Civil Veterinary Dept. Bombay admin report 1900-1906 - 1900-1906
Year: 1900
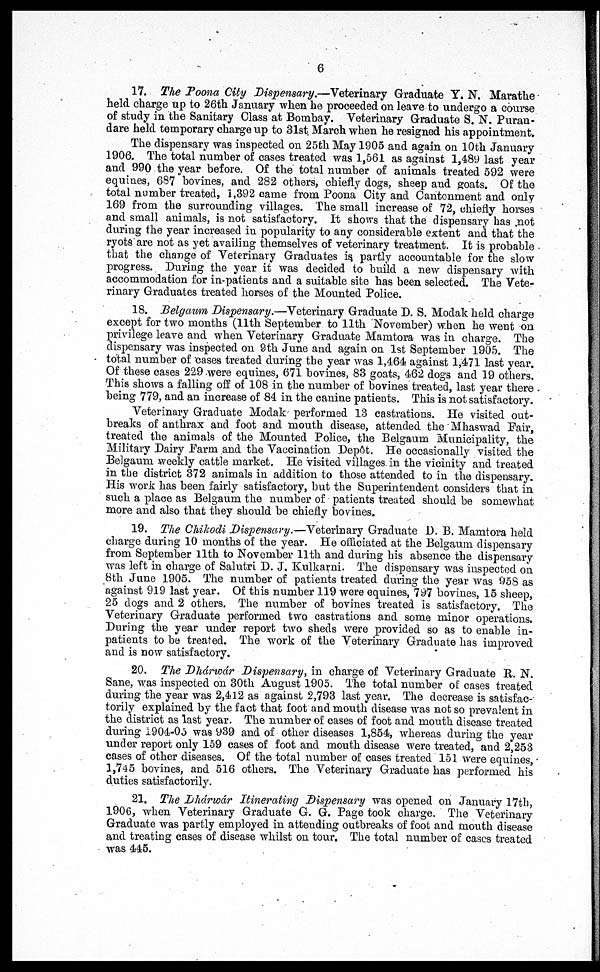
6
17. The Poona City Dispensary.—Veterinary Graduate Y. N. Marathe
held charge up to 26th January when he proceeded on leave to undergo a course
of study in the Sanitary Class at Bombay. Veterinary Graduate S. N. Puran-
dare held temporary charge up to 31st March when he resigned his appointment.
The dispensary was inspected on 25th May 1905 and again on 10th January
1906. The total number of cases treated was 1,561 as against 1,489 last year
and 990 the year before. Of the total number of animals treated 592 were
equines, 687 bovines, and 282 others, chiefly dogs, sheep and goats. Of the
total number treated, 1,392 came from Poona City and Cantonment and only
169 from the surrounding villages. The small increase of 72, chiefly horses
and small animals, is not satisfactory. It shows that the dispensary has not
during the year increased in popularity to any considerable extent and that the
ryots are not as yet availing themselves of veterinary treatment. It is probable
that the change of Veterinary Graduates is partly accountable for the slow
progress. During the year it was decided to build a new dispensary with
accommodation for in-patients and a suitable site has been selected. The Vete-
rinary Graduates treated horses of the Mounted Police.
18. Belgaum Dispensary.—Veterinary Graduate D. S. Modak held charge
except for two months (11th September to 11th November) when he went on
privilege leave and when Veterinary Graduate Mamtora was in charge. The
dispensary was inspected on 9th June and again on 1st September 1905. The
total number of cases treated during the year was 1,464 against 1,471 last year.
Of these cases 229 were equines, 671 bovines, 83 goats, 462 dogs and 19 others.
This shows a falling off of 108 in the number of bovines treated, last year there
being 779, and an increase of 84 in the canine patients. This is not satisfactory
Veterinary Graduate Modak performed 13 castrations. He visited out-
breaks of anthrax and foot and mouth disease, attended the Mhaswad Fair,
treated the animals of the Mounted Police, the Belgaum Municipality, the
Military Dairy Farm and the Vaccination Depôt. He occasionally visited the
Belgaum weekly cattle market. He visited villages in the vicinity and treated
in the district 372 animals in addition to those attended to in the dispensary.
His work has been fairly satisfactory, but the Superintendent considers that in
such a place as Belgaum the number of patients treated should be somewhat
more and also that they should be chiefly bovines.
19. The Chikodi Dispensary.—Veterinary Graduate D. B. Mamtora held
charge during 10 months of the year. He officiated at the Belgaum dispensary
from September 11th to November 11th and during his absence the dispensary
was left in charge of Salutri D. J. Kulkarni. The dispensary was inspected on
8th June 1905. The number of patients treated during the year was 958 as
against 919 last year. Of this number 119 were equines, 797 bovines, 15 sheep,
25 clogs and 2 others. The number of bovines treated is satisfactory. The
Veterinary Graduate performed two castrations and some minor operations.
During the year under report two sheds were provided so as to enable in-
patients to be treated. The work of the Veterinary Graduate has improved
and is now satisfactory.
20. The Dhárwár Dispensary, in charge of Veterinary Graduate R. N.
Sane, was inspected on 30th August 1905. The total number of cases treated
during the year was 2,412 as against 2,793 last year. The decrease is satisfac-
torily explained by the fact that foot and mouth disease was not so prevalent in
the district as last year. The number of cases of foot and mouth disease treated
during 1904-05 was 939 and of other diseases 1,854, whereas during the year
under report only 159 cases of foot and mouth disease were treated, and 2,253
cases of other diseases. Of the total number of cases treated 151 were equines,
1,745 bovines, and 516 others. The Veterinary Graduate has performed his
duties satisfactorily.
21. The Dhárwár Itinerating Dispensary was opened on January 17th,
1906, when Veterinary Graduate G. G. Page took charge. The Veterinary
Graduate was partly employed in attending outbreaks of foot and mouth disease
and treating cases of disease whilst on tour. The total number of cases treated
was 445.